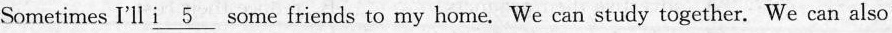
Sometimes I'll \underline{i 5} some friends to my home. We can study together. We can also